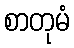
စာတုမံ